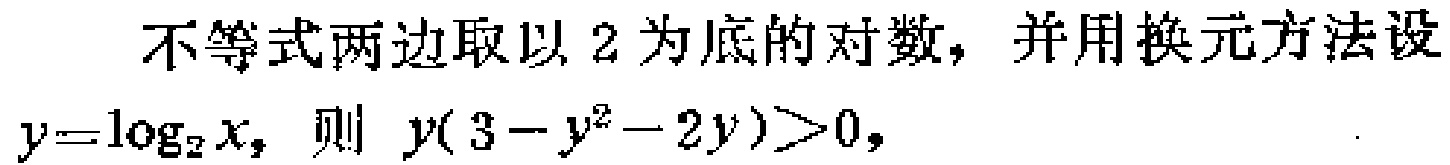
不等式两边取以 2 为底的对数，并用换元方法设
\(y = \log_{2}x\)，则 \(y(3 - y^{2} - 2y)>0\)，